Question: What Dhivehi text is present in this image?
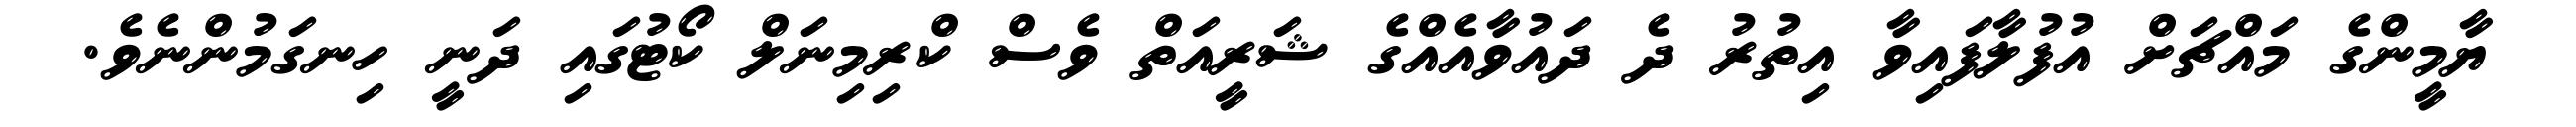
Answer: ޔާމީންގެ މައްޗަށް އުފުލާފައިވާ އިތުރު ދެ ދައުވާއެއްގެ ޝަރީއަތް ވެސް ކްރިމިނަލް ކޯޓުގައި ދަނީ ހިނގަމުންނެވެ.